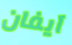
آيفان